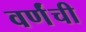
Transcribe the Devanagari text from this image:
वर्णंची